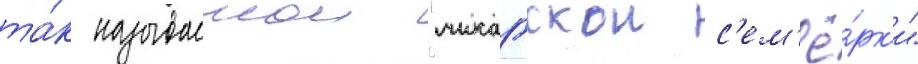
та́к называемои "чикагскои с'ем'ё́рк'и"